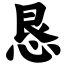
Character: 恳